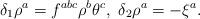
LaTeX: \begin{align*}\delta_1 \rho^a = f^{abc}\rho^b\theta^c,\ \delta_2\rho^a=-\xi^a .\end{align*}